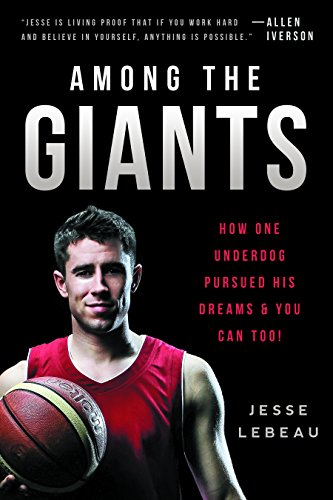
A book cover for Among the Giants: How One Underdog Pursued His Dreams & You Can Too!; Jesse LeBeau; Teen & Young Adult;